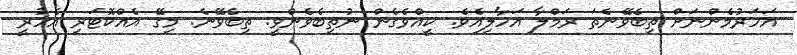
އަހަރުމެންނަށް ތިބެވޭނެތަ ރަމްލާ އަހާލިއެވެ. ކީއްވެގެން ނުތިބެވެންވީ. ތިބެވޭނެ. މިގޭ އެއްކޮޓަރި އެހުރީ